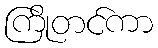
ကြိုတင်ကာ